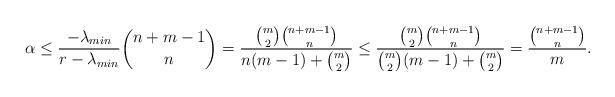
LaTeX: \begin{align*}\alpha \leq \frac{-\lambda_{min}}{r-\lambda_{min}}\binom{n+m-1}{n} = \frac{\binom{m}{2} \binom{n+m-1}{n}}{n(m-1)+\binom{m}{2}} \leq \frac{\binom{m}{2} \binom{n+m-1}{n}}{\binom{m}{2}(m-1)+\binom{m}{2}} = \frac{\binom{n+m-1}{n}}{m}.\end{align*}